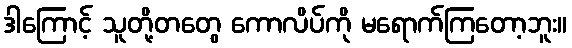
ဒါကြောင့် သူတို့တတွေ ကောလိပ်ကို မရောက်ကြတော့ဘူး။